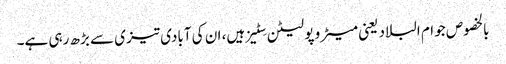
بالخصوص جو ام البلاد یعنی میٹرو پولیٹن سِٹیز ہیں، ان کی آبادی تیزی سے بڑھ رہی ہے۔